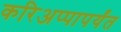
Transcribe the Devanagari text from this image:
करिअप्पापर्यंत